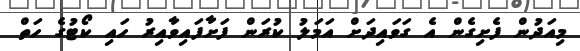
މިއަދުން ފެށިގެން އެ ގަވައިދަށް އަމަލު ކުރަން ފަށާފައިވާއިރު ހައި ކޯޓުގެ ހަތް